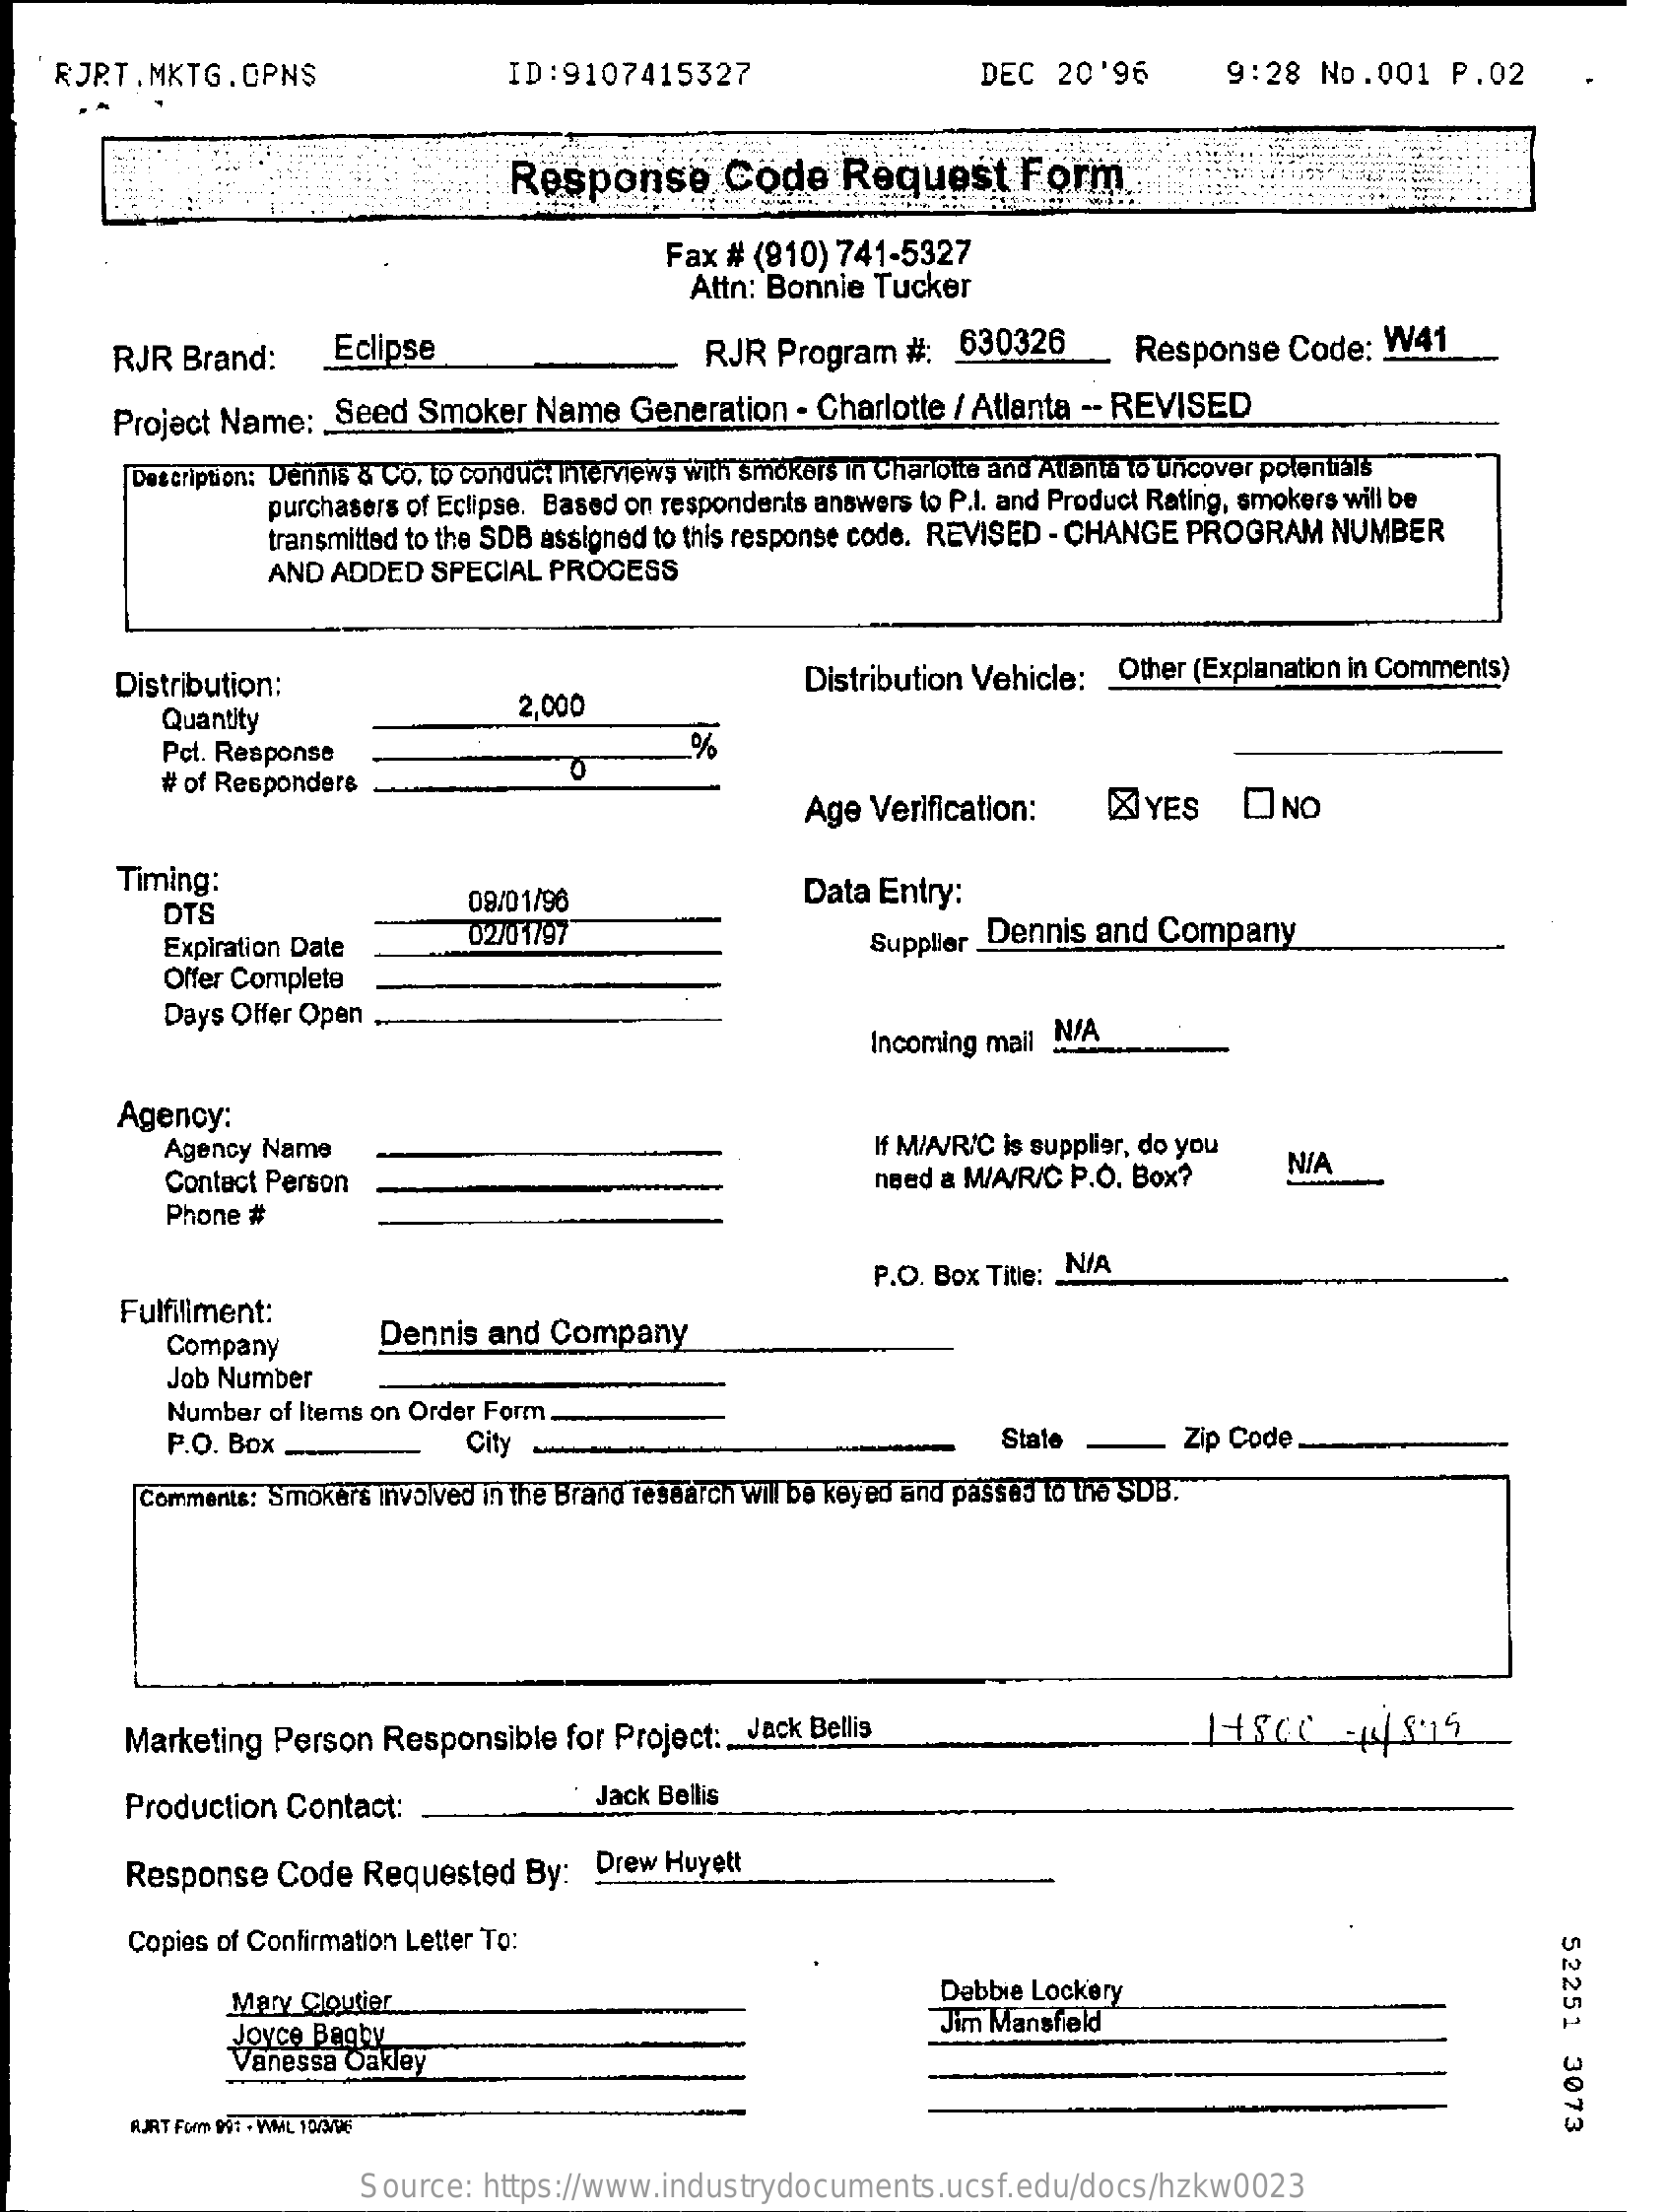
RJR.T.MKTG.CPNS    ID:9107415327    DEC  20'96    9:28  No.001    P.02
     Response    Code    Request    Form
     Fax  # (810) 741-5327
     Attn: Bonnie  Tucker
     RJR Brand:    Eclipse    RJR  Program   #:  630326    Response   Code:  W41
     Project Name:   Seed  Smoker  Name    Generation  - Charlotte / Atlanta -- REVISED
     Description: Dennis & Co. to conduct Interviews with smokers in Charlotte and Atlanta to uncover potentials
     purchasers of Eclipse. Based on respondents answers to P.I. and Product Rating, smokers will be
     transmitted to the SDB assigned to this response code. REVISED - CHANGE PROGRAM NUMBER
     AND ADDED   SPECIAL  PROCESS
     Distribution:    Distribution Vehicle:  Other (Explanation in Comments)
     Quantity
     2.000
     Pct. Response
     # of Responders
     0
     Age Verification:    ØYES    O NO
     Timing:
     DTS    09/01/96    Data Entry:
     Expiration Date
     02/01797    Supplier Dennis  and  Company
     Offer Complete
     Days Offer Open
     Incoming mail N/A
     Agency:
     Agency Name    If M/A/R/C is supplier, do you
     Contact Person    need a M/A/R/C P.O. Box?    N/A
     Phone #
     P.O. Box Title: .. N/A
     Fulfillment:
     Company    Dennis  and  Company
     Job Number
     Number of Items on Order Form.
     P.O. Box _    City    State    Zip Code
     Comments: Smokers involved in the Brand research will be keyed and passa to the SDB.
     Marketing  Person  Responsible   for Project :__ Jack Bellis    14500    4/8-19
     Production  Contact:    Jack Bellis
     Response   Code   Requested   By:  Drew Huyett
     Copies of Confirmation Letter To:
     52251
     3073
     Mary Cloutier    Dabbie Lockery
     Joyce Bagby    Jim Mansfield
     Vanessa Oakley
     RJRT Form 99: - WML 10/3980
     Source:  https://www.industrydocuments.ucsf.edu/docs/hzkw0023